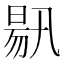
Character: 𣈟